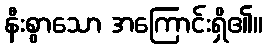
နီးစွာသော အကြောင်းရှိ၏။